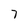
Character: 7